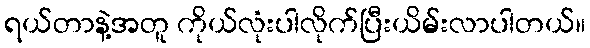
ရယ်တာနဲ့အတူ ကိုယ်လုံးပါလိုက်ပြီးယိမ်းလာပါတယ်။